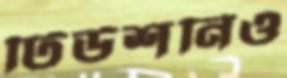
টিউশনিও